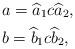
LaTeX: \begin{align*}&a = \widehat{a}_1c\widehat{a}_2,\\&b = \widehat{b}_1c\widehat{b}_2,\end{align*}